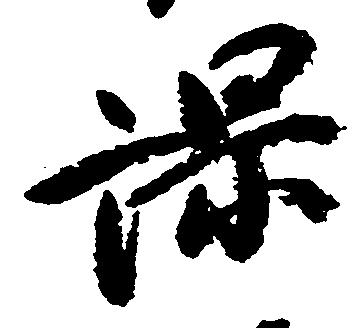
課